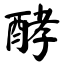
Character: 酵